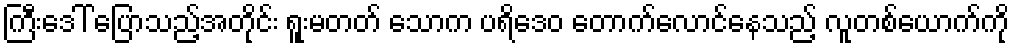
ကြီးဒေါ် ပြောသည့်အတိုင်း ရူးမတတ် သောက ပရိဒေဝ တောက်လောင်နေသည့် လူတစ်ယောက်ကို